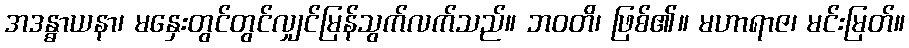
အဒန္ဓာယနာ၊ မနှေးတွင်တွင်လျှင်မြန်သွက်လက်သည်။ ဘဝတိ၊ ဖြစ်၏။ မဟာရာဇ၊ မင်းမြတ်။